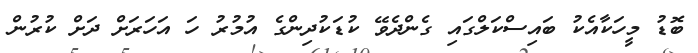
ބޮޑު މީހަކާއެކު ބައިސްކަލްގައި ގެންދެވޭ ކުޑަކުދިންގެ އުމުރު ހަ އަހަރަށް ދަށް ކުރުން